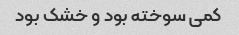
کمی سوخته بود و خشک بود